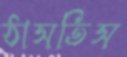
ঠাসতিস